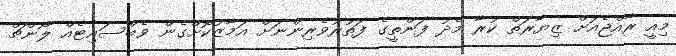
މިއީ ރާއްޖެއަށް ޒިޔާރަތް ކުރާ މެދު ފަންތީގެ ފަތުރުވެރިންނަށް އަމާޒުކޮށްގެން ވެބްސައިޓެއް ލޯންޗް